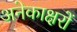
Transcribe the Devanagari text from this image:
अनेकाक्षरों